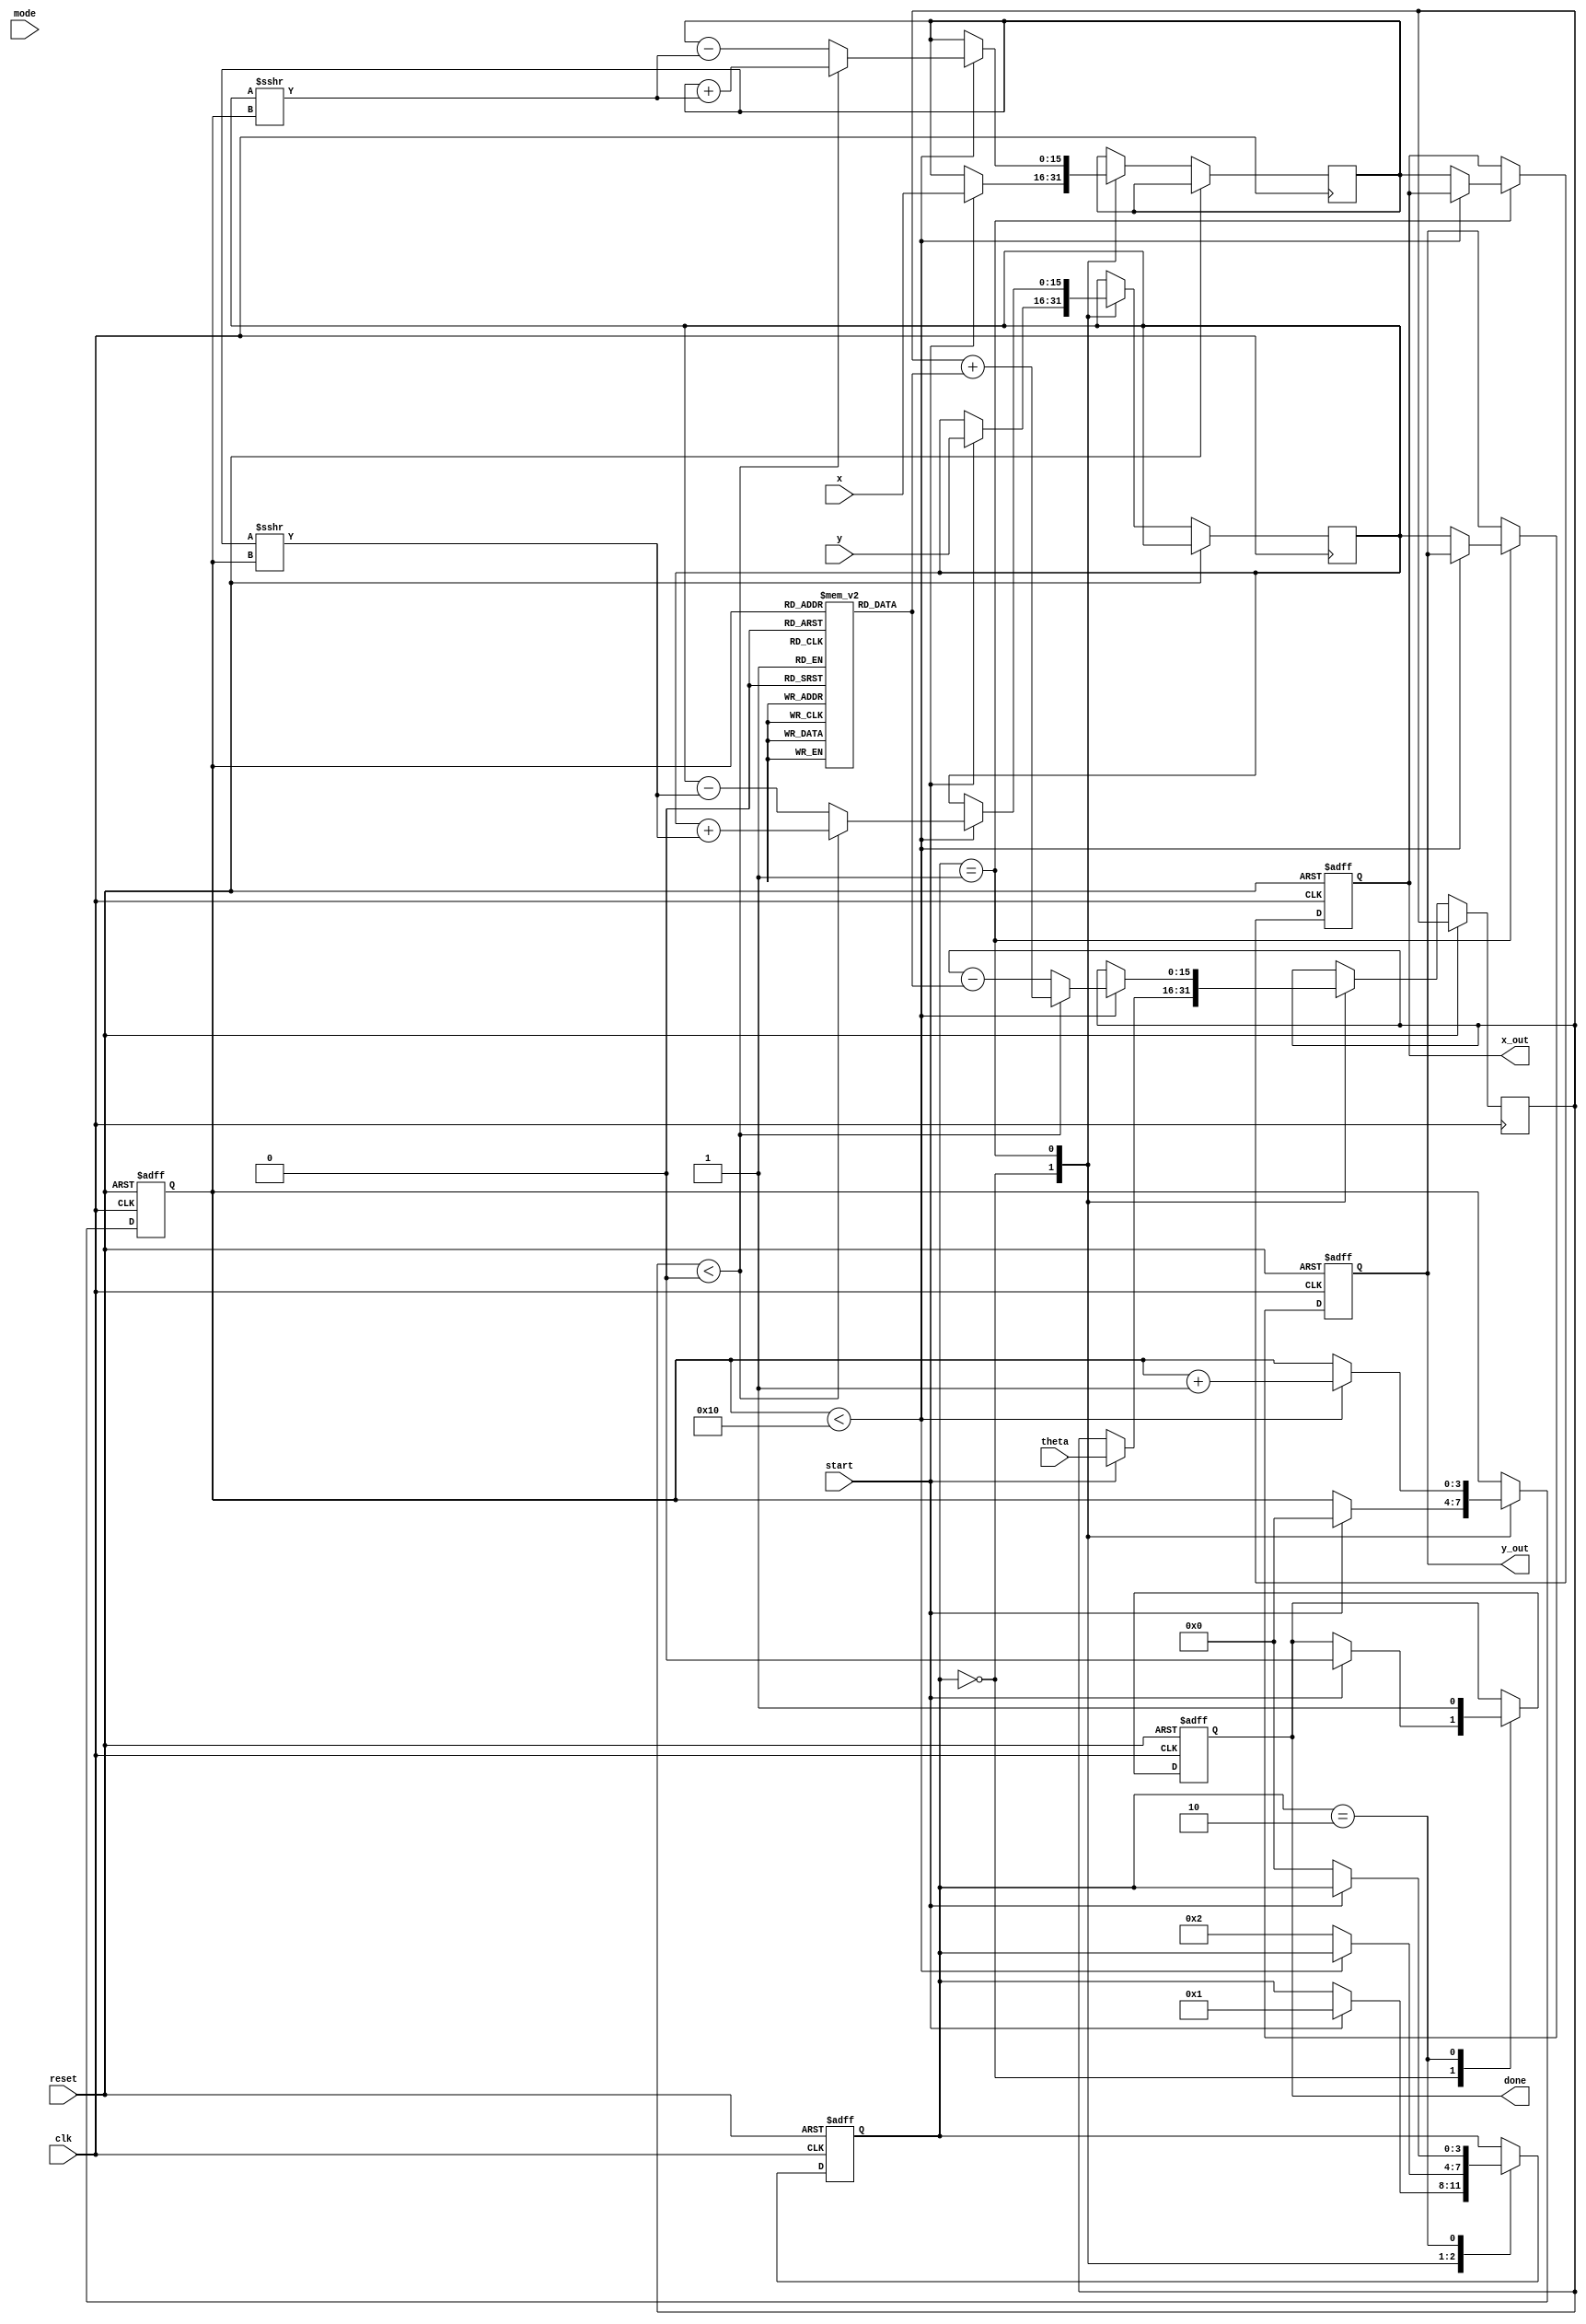
module hyperbolic_cordic (
    input wire signed [15:0] x,        // Initial x-coordinate
    input wire signed [15:0] y,        // Initial y-coordinate
    input wire signed [15:0] theta,     // Angle in radians (fixed-point)
    input wire mode,                    // Mode: 0 for circular, 1 for hyperbolic
    input wire start,                   // Start signal
    input wire clk,                     // Clock signal
    input wire reset,                   // Reset signal
    output reg signed [15:0] x_out,     // Resulting hyperbolic cosine
    output reg signed [15:0] y_out,     // Resulting hyperbolic sine
    output reg done                     // Done signal
);

    // Parameters
    parameter NUM_ITERATIONS = 16;     // Number of iterations for CORDIC
    parameter ANGLE_LUT_SIZE = 16;      // Size of angle lookup table

    // Internal signals
    reg signed [15:0] x_reg, y_reg;     // Registers for x and y
    reg signed [15:0] z_reg;             // Angle register
    reg [3:0] state;                     // State register
    reg [3:0] iteration;                 // Iteration counter
    reg signed [15:0] angle_lut [0:ANGLE_LUT_SIZE-1]; // Angle lookup table

    // State encoding
    localparam IDLE = 0, COMPUTE = 1, DONE = 2;

    // Initialize angle lookup table for hyperbolic functions
    initial begin
        angle_lut[0] = 16'h0000; // 0
        angle_lut[1] = 16'h0001; // atan(1) in fixed-point
        angle_lut[2] = 16'h0002; // atan(2) in fixed-point
        // Fill in the rest of the LUT with appropriate values...
    end

    // State machine
    always @(posedge clk or posedge reset) begin
        if (reset) begin
            state <= IDLE;
            done <= 0;
            iteration <= 0;
            x_out <= 0;
            y_out <= 0;
        end else begin
            case (state)
                IDLE: begin
                    if (start) begin
                        x_reg <= x;
                        y_reg <= y;
                        z_reg <= theta;
                        iteration <= 0;
                        state <= COMPUTE;
                        done <= 0;
                    end
                end
                COMPUTE: begin
                    if (iteration < NUM_ITERATIONS) begin
                        // CORDIC rotation logic
                        if (z_reg < 0) begin
                            // Rotate clockwise
                            x_reg <= x_reg + (y_reg >>> iteration);
                            y_reg <= y_reg + (x_reg >>> iteration);
                            z_reg <= z_reg + angle_lut[iteration];
                        end else begin
                            // Rotate counter-clockwise
                            x_reg <= x_reg - (y_reg >>> iteration);
                            y_reg <= y_reg - (x_reg >>> iteration);
                            z_reg <= z_reg - angle_lut[iteration];
                        end
                        iteration <= iteration + 1;
                    end else begin
                        // Final output assignment
                        x_out <= x_reg; // Hyperbolic cosine
                        y_out <= y_reg; // Hyperbolic sine
                        state <= DONE;
                    end
                end
                DONE: begin
                    done <= 1;
                    if (!start) begin
                        state <= IDLE; // Go back to IDLE state
                    end
                end
            endcase
        end
    end

endmodule